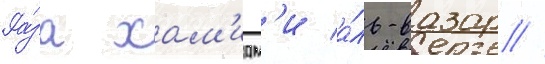
Ра́за хам'идм'и а́ль-вазар //